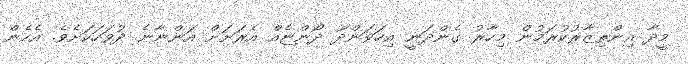
މީދާ އިންތިޒާރުކުރަމުން މިހާރު ގެންދަނީ އިހަވަންދޫ ދޯންޏެއް އެރަށަށް އަންނާނެ ދުވަހަކަށެވެ. އެހެން